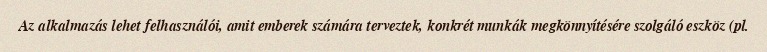
Az alkalmazás lehet felhasználói, amit emberek számára terveztek, konkrét munkák megkönnyítésére szolgáló eszköz (pl.